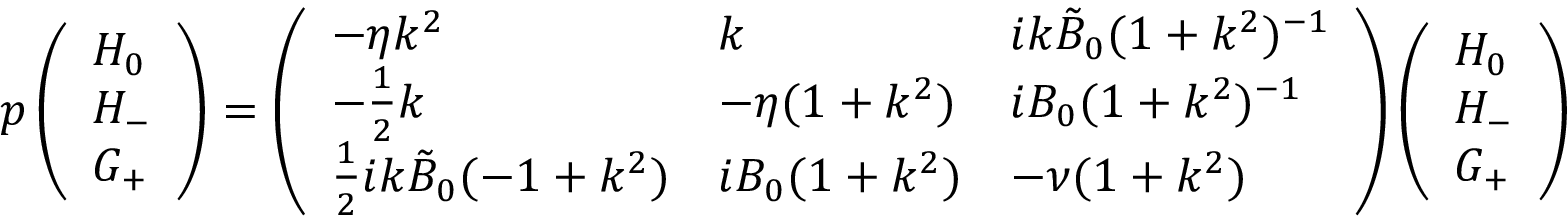
p \left( \begin{array} { l } { H _ { 0 } } \\ { H _ { - } } \\ { G _ { + } } \end{array} \right) = \left( \begin{array} { l l l } { - \eta k ^ { 2 } } & { k } & { i k \tilde { B } _ { 0 } ( 1 + k ^ { 2 } ) ^ { - 1 } } \\ { - \frac { 1 } { 2 } k } & { - \eta ( 1 + k ^ { 2 } ) } & { i B _ { 0 } ( 1 + k ^ { 2 } ) ^ { - 1 } } \\ { \frac { 1 } { 2 } i k \tilde { B } _ { 0 } ( - 1 + k ^ { 2 } ) } & { i B _ { 0 } ( 1 + k ^ { 2 } ) } & { - \nu ( 1 + k ^ { 2 } ) } \end{array} \right) \left( \begin{array} { l } { H _ { 0 } } \\ { H _ { - } } \\ { G _ { + } } \end{array} \right)